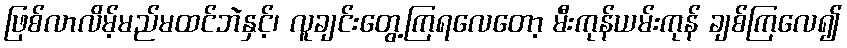
ဖြစ်လာလိမ့်မည်မထင်ဘဲနှင့်၊ လူချင်းတွေ့ကြရလေတော့ မီးကုန်ယမ်းကုန် ချစ်ကြလေ၍